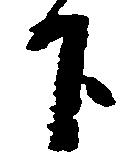
下